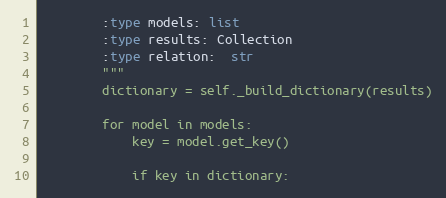
Language: Python
        :type models: list
        :type results: Collection
        :type relation:  str
        """
        dictionary = self._build_dictionary(results)

        for model in models:
            key = model.get_key()

            if key in dictionary: